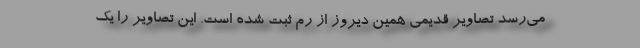
می‌رسد تصاویر قدیمی همین دیروز از رم ثبت شده است. این تصاویر را یک